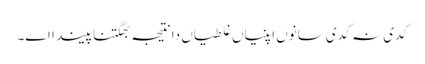
‏ کدی نہ کدی سانوں اپنیاں غلطیاں دا نتیجہ بھگتنا پیندا اے۔